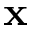
\mathbf { x }